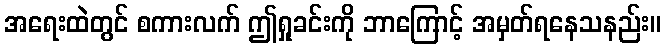
အရေးထဲတွင် စကားလက် ဤရှုခင်းကို ဘာကြောင့် အမှတ်ရနေသနည်း။